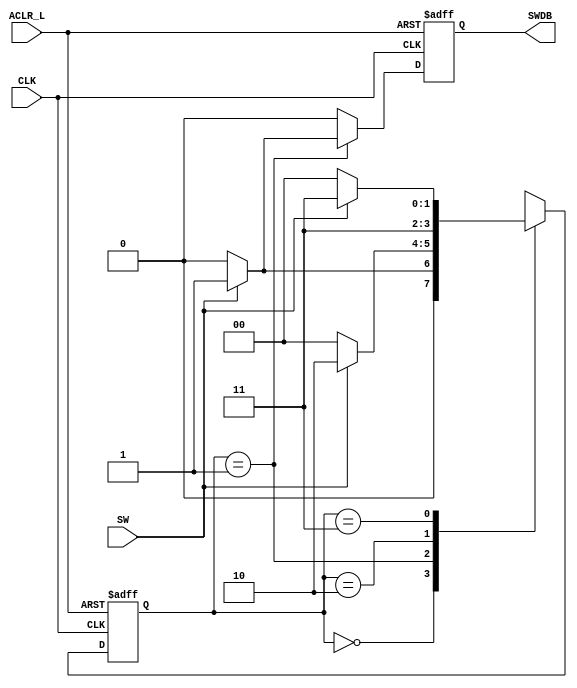
`timescale 1ns / 1ps
//
//
module SwitchDB(
input CLK,//4
input SW,//1
input ACLR_L,//
output reg SWDB//
);

wire aclr_i;
reg [1:0] Q_CURR;//
parameter [1:0] SW_OFF = 2'b00; //
parameter [1:0] SW_EDGE = 2'b01;
parameter [1:0] SW_VERF = 2'b10;
parameter [1:0] SW_HOLD = 2'b11;
assign aclr_i = ~ACLR_L;

//
always @(posedge CLK or posedge aclr_i) begin
    SWDB <= 1'b0;   //0

    if(aclr_i) begin
        Q_CURR <= SW_OFF;
    end
    else begin
        case(Q_CURR)   
            SW_OFF: if(SW) begin
                        Q_CURR <= SW_EDGE;
                    end
                    else begin
                        Q_CURR <= SW_OFF;
                    end
                    
            SW_EDGE: if(SW) begin
                        Q_CURR <= SW_VERF;
                        SWDB <= 1'b1;   //SW_VERF
                     end
                     else begin
                        Q_CURR <= SW_OFF;
                     end
                     
             SW_VERF: Q_CURR <= SW_HOLD;
                      
             SW_HOLD: if(SW) begin
                          Q_CURR <= SW_HOLD;
                      end
                      else begin
                          Q_CURR <= SW_OFF;
                      end
        endcase              
    end
end
endmodule